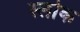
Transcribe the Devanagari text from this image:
स्लोक